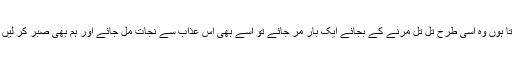
سوچتا ہوں وہ اسی طرح تِل تِل مرنے کے بجائے ایک بار مر جائے تو اسے بھی اس عذاب سے نجات مل جائے اور ہم بھی صبر کر لیں گے۔